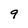
Character: 9